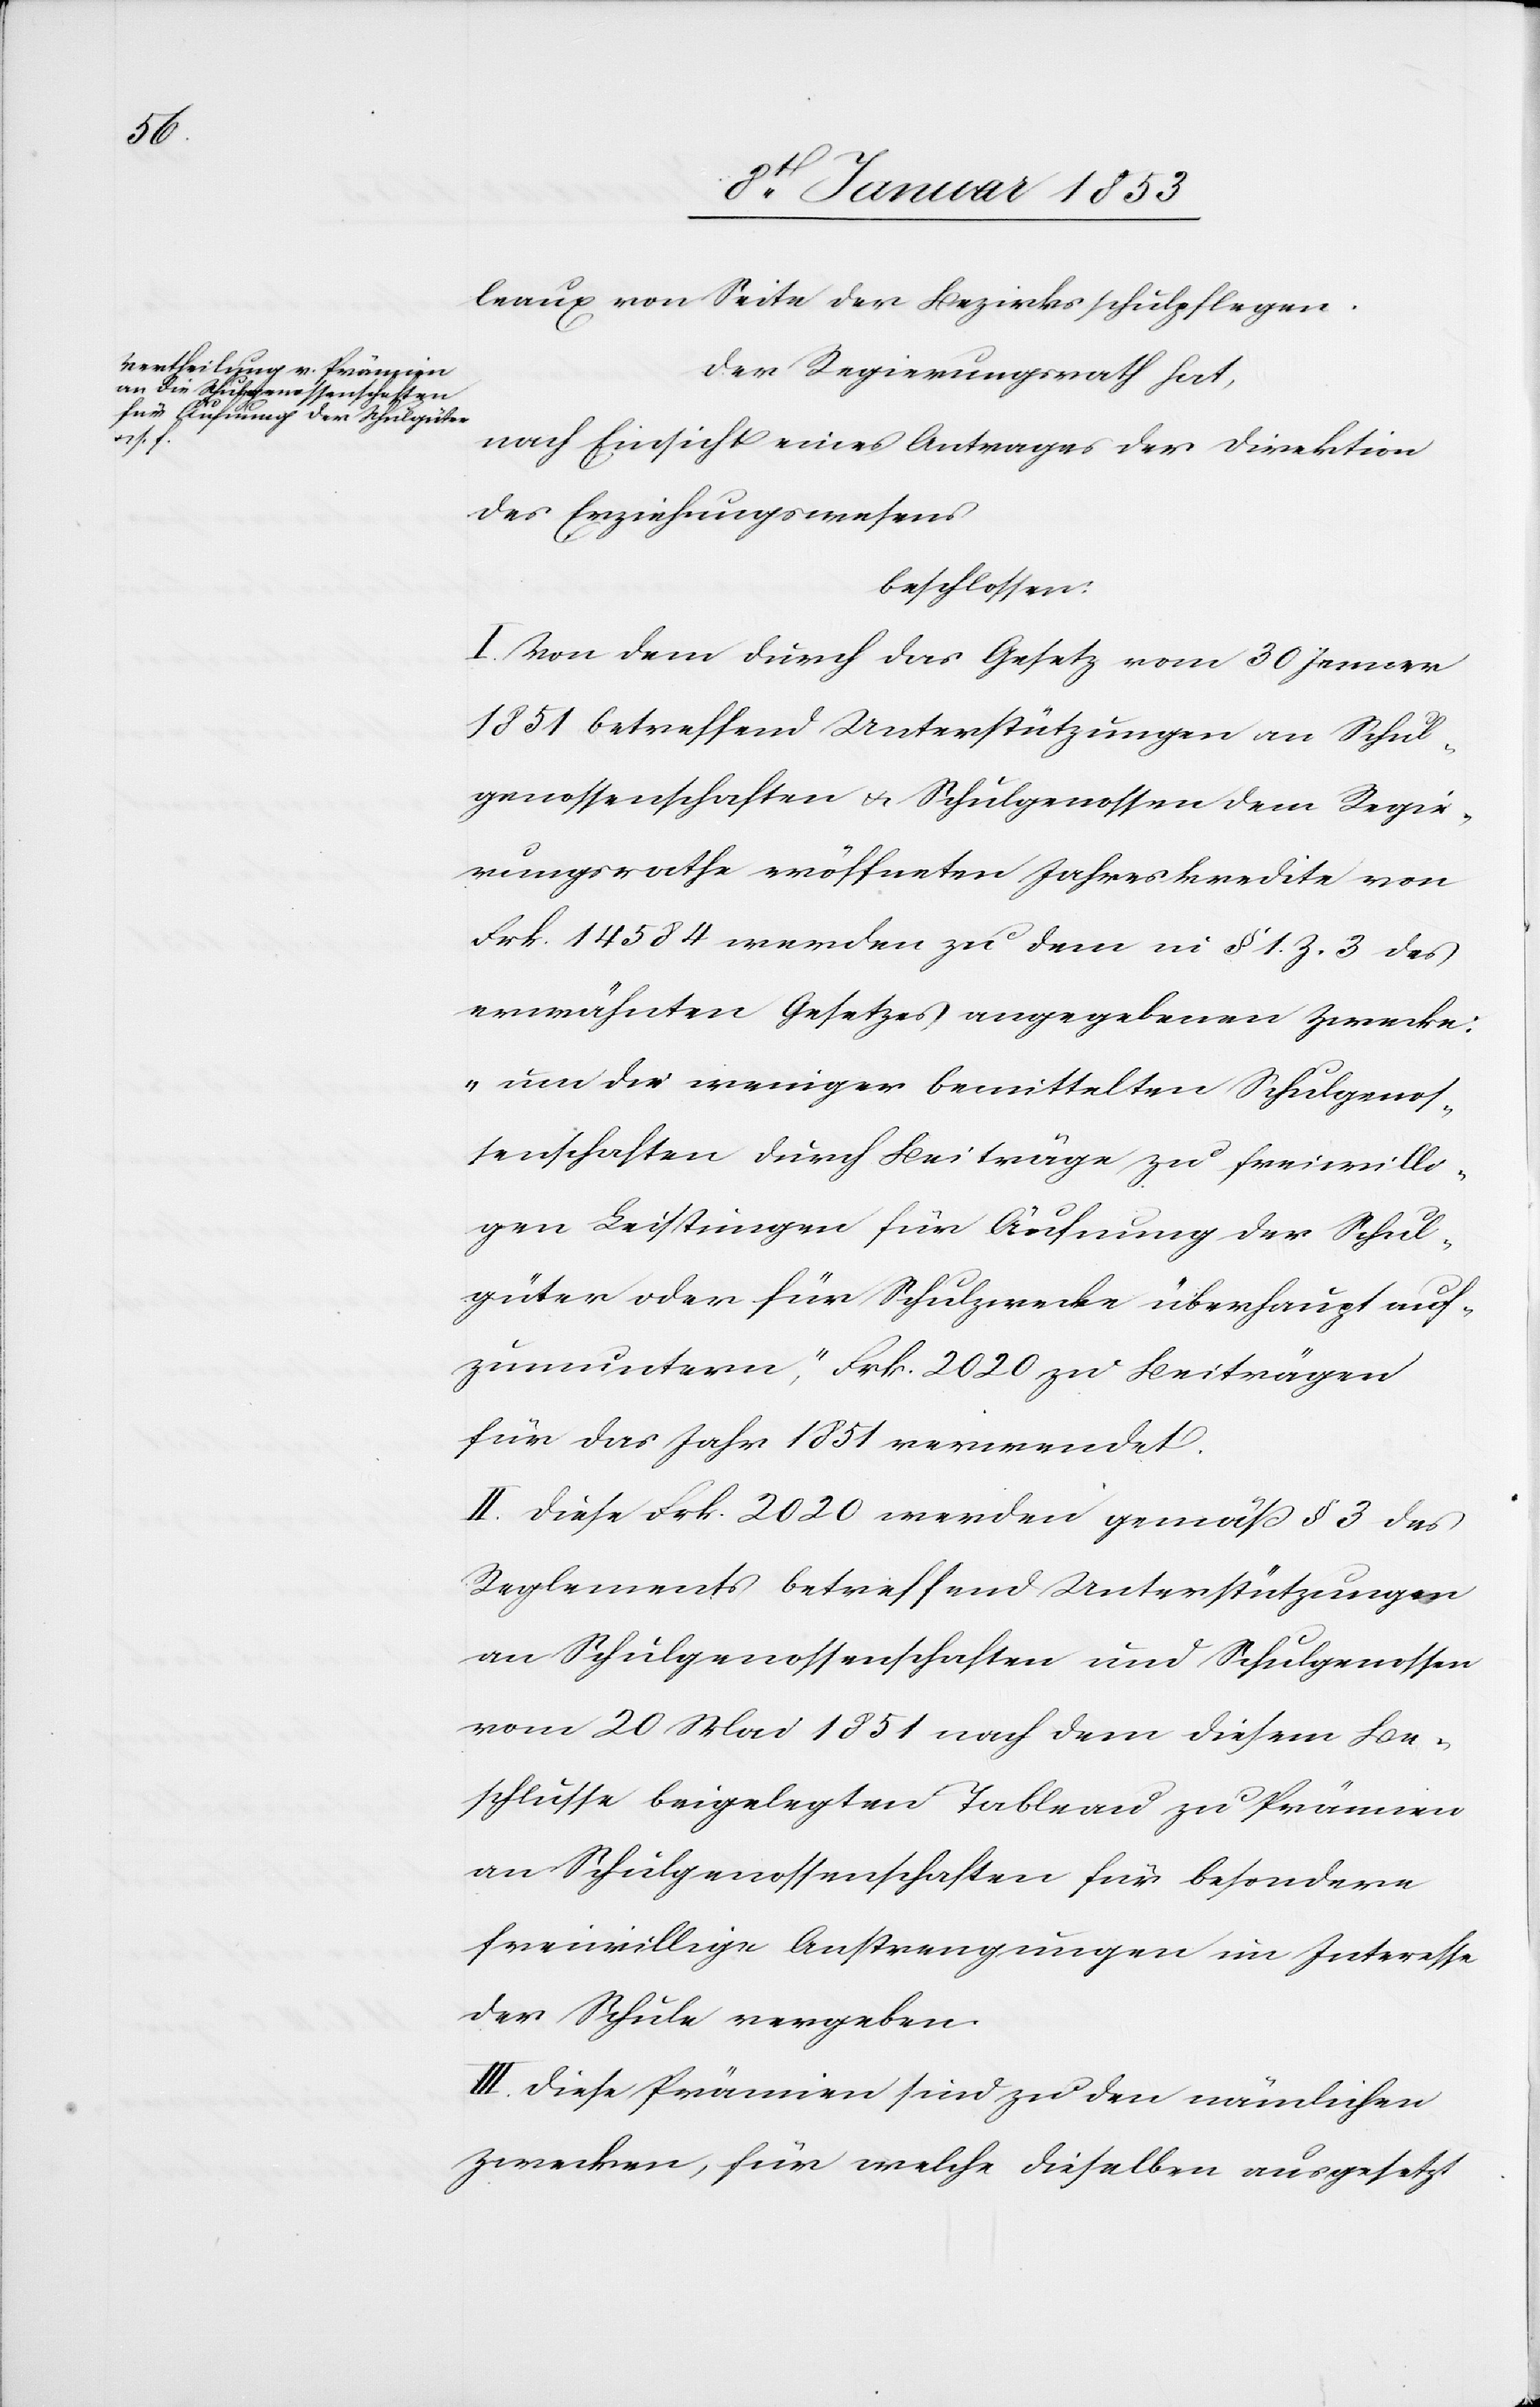
leaux von Seite der Bezirksschulpflegen.
Der Regierungsrath hat,
nach Einsicht eines Antrages der Direktion
des Erziehungswesens
beschlossen:
I. Von dem durch das Gesetz vom 30 Jenner
1851 betreffend Unterstützungen an Schul¬
genossenschaften u. Schulgenossen dem Regie¬
rungsrathe eröffneten Jahreskredite von
Frk 14584 werden zu dem in § 1. Z. 3. des
erwähnten Gesetzes angegebenen Zwecke:
„um die weniger bemittelten Schulgenos¬
senschaften durch Beiträge zu freiwilli¬
gen Leistungen für Äufnung der Schul¬
güter oder für Schulzwecke überhaupt auf¬
zumuntern“, Frk 2020. zu Beiträgen
für das Jahr 1851 verwendet.
II. Diese Frk 2020 werden gemäß § 3 des
Reglements betreffend Unterstützungen
an Schulgenossenschaften und Schulgenossen
vom 20 Mai 1851 nach dem diesem Be¬
schlusse beigelegten Tableau zu Prämien
an Schulgenossenschaften für besondere
freiwillige Anstrengungen im Interesse
der Schule vergeben.
III. Diese Prämien sind zu den nämlichen
Zwecken, für welche dieselben ausgesetzt